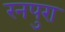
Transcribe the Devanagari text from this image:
रनपुरा